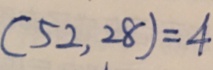
( 5 2 , 2 8 ) = 4